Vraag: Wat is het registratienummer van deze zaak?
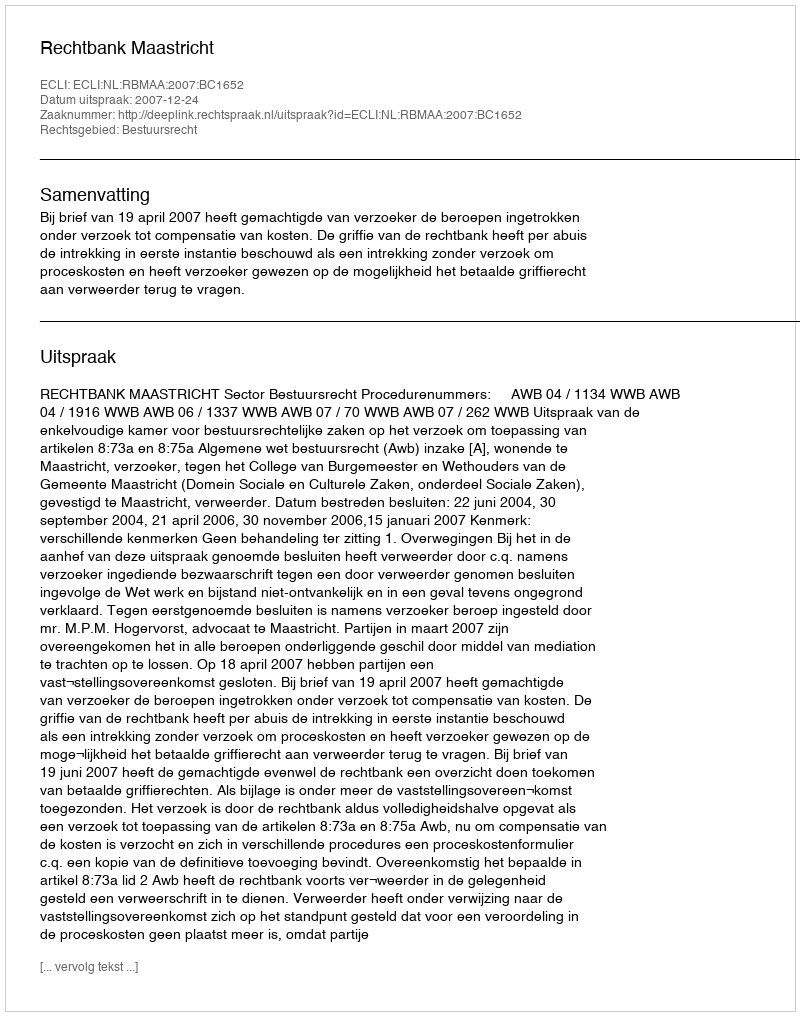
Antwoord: http://deeplink.rechtspraak.nl/uitspraak?id=ECLI:NL:RBMAA:2007:BC1652